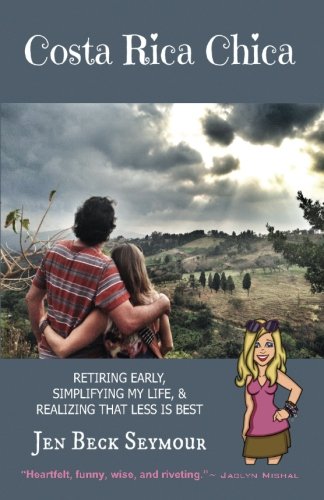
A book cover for Costa Rica Chica: Retiring early, simplifying my life, & realizing that less is best; Jen Beck Seymour; Travel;